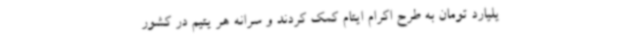
یلیارد تومان به طرح اکرام ایتام کمک کردند و سرانه هر یتیم در کشور